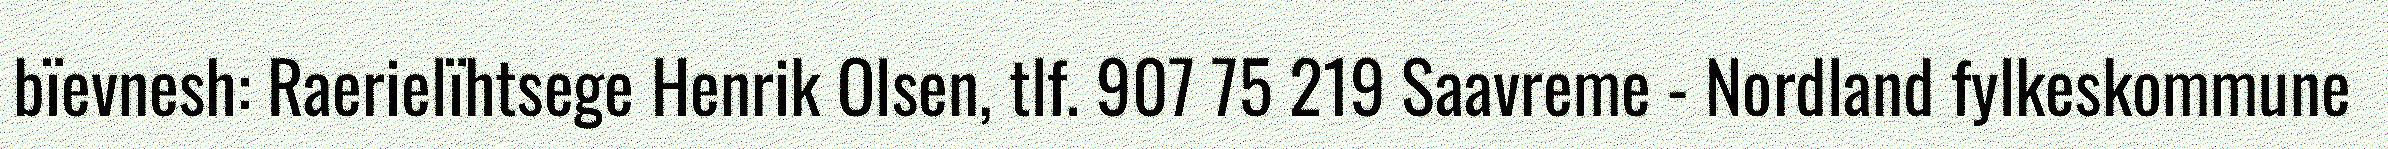
bïevnesh: Raerielïhtsege Henrik Olsen, tlf. 907 75 219 Saavreme - Nordland fylkeskommune